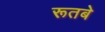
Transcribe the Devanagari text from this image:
रूतबे